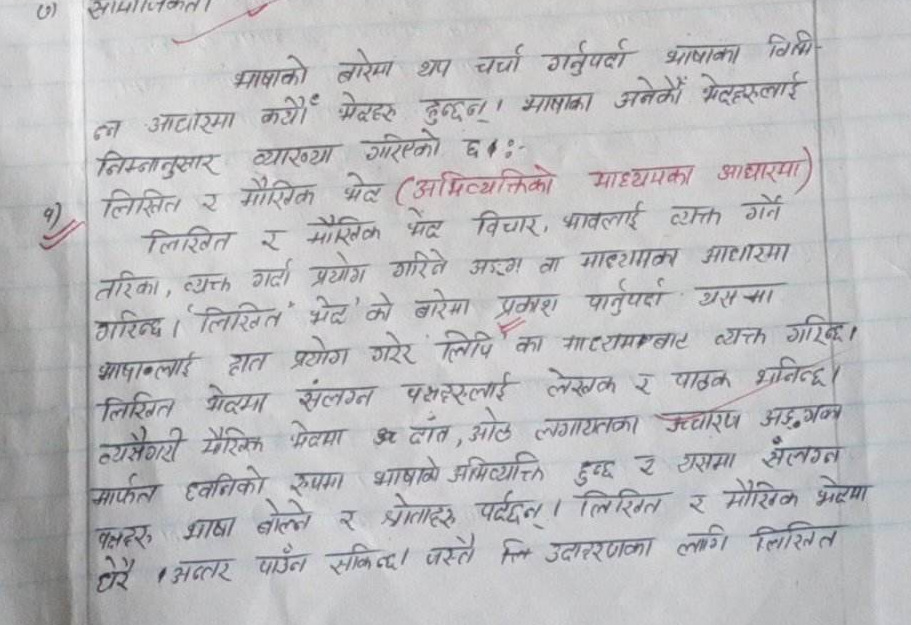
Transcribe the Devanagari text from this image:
भाषाको बारेमा थप चर्चा गर्नुपर्दा भाषाका विभिन्न आधारमा कयौं भेदहरू हुन्छन्। भाषाका अनेकौं भेदहरूलाई निम्नानुसार व्याख्या गरिएको छः-
१) लिखित र मौखिक भेद (अभिव्यक्तिको माध्यमका आधारमा) लिखित र मौखिक भेदले विचार, भावलाई व्यक्त गर्ने तरिका, व्यक्त गर्दा प्रयोग गरिने अङ्ग वा माध्यमका आधारमा गरिन्छ। ‘लिखित भेद’ को बारेमा प्रकाश पार्नुपर्दा यसमा भाषालाई हात प्रयोग गरेर लिपिको माध्यमबाट व्यक्त गरिन्छ। लिखित भेदमा संलग्न पक्षहरूलाई लेखक र पाठक भनिन्छ। त्यसैगरी मौखिक भेदमा ओठ, दाँत, ओठ लगायतका उच्चारण अङ्गका मार्फत ध्वनिको रूपमा भाषाको अभिव्यक्ति हुन्छ र यसमा संलग्न पक्षहरू भाषा बोल्ने र श्रोताहरू पर्दछन्। लिखित र मौखिक भेदमा धेरै अन्तर पाउन सकिन्छ। जस्तै लि उदाहरणका लागि लिखित